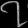
Digit: ၇